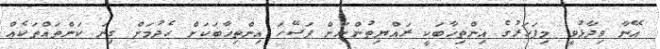
އޭނާ ވިދާޅުވީ މިފަހަރުގެ އިންތިޚާބަކީ ރައްޔިތުންނަށް ފަސޭހަ އިންތިޚާބަކަށް ހެދުމަށް ގިނަ ކަންތައްތަކެއް